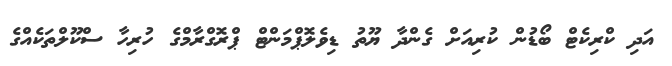
އަދި ކްރިކެޓް ބޯޑުން ކުރިއަށް ގެންދާ ޔޫތު ޑިވެލޮޕްމަންޓް ޕްރޮގްރާމްގެ ހުރިހާ ސްކޫލްތަކެއްގެ